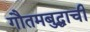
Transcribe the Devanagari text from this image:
गौतमबुद्धाची